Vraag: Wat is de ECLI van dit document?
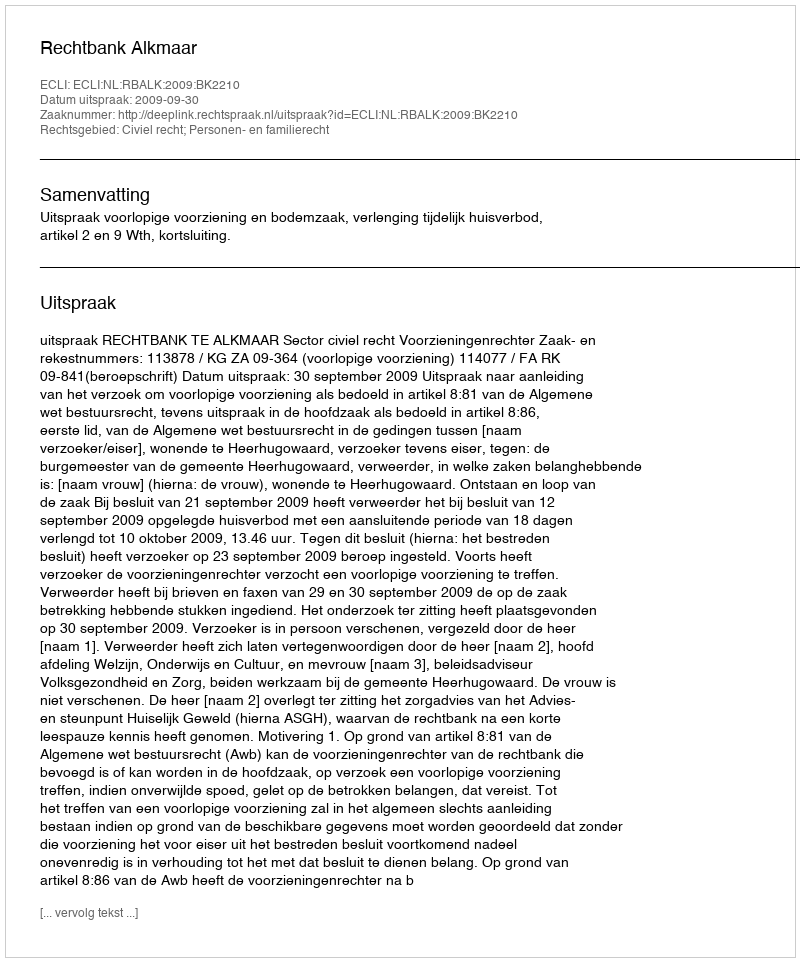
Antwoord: ECLI:NL:RBALK:2009:BK2210